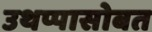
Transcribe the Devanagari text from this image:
उथप्पासोबत